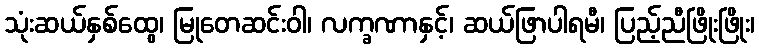
သုံးဆယ်နှစ်ထွေ၊ မြုတေဆင်းဝါ၊ လက္ခဏာနှင့်၊ ဆယ်ဖြာပါရမီ၊ ပြည့်ညီဖြိုးဖြိုး၊